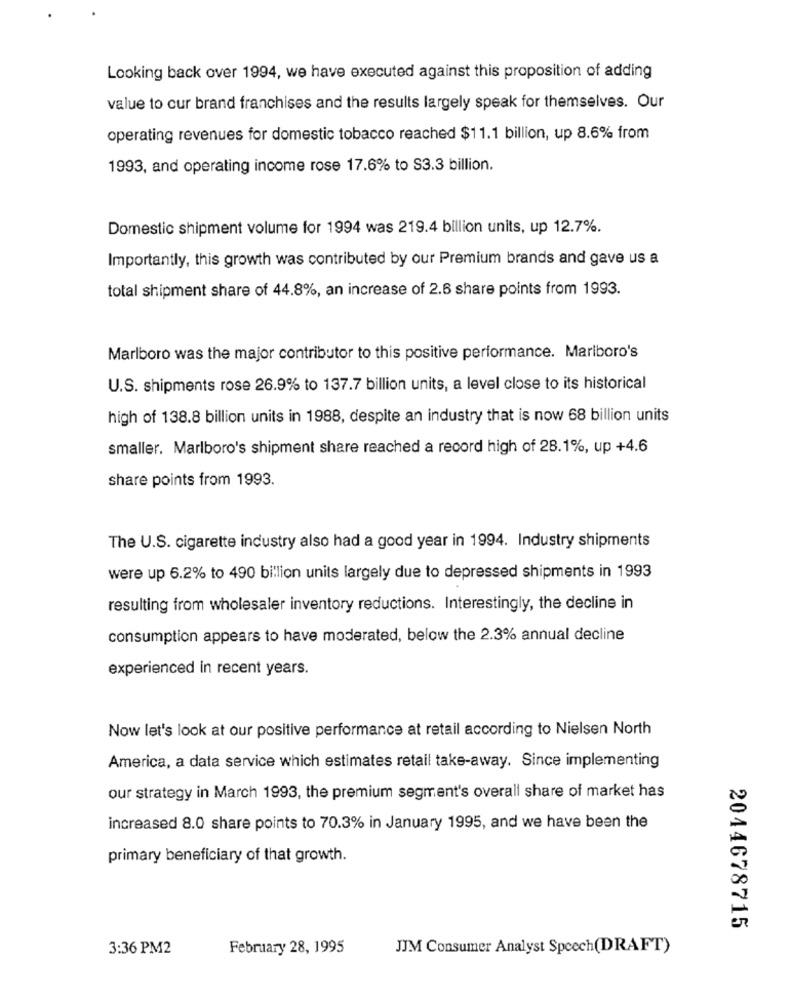
Looking back over 1994, we have executed against this proposition of adding
value to cur brand franchises and the results largely speak for themselves. Our
operating revenues for domestic tobacco reached $11.1 billion, up 8.6% from
1993, and operating income rose 17.6% to S3.3 billion.
Domestic shipment volume for 1994 was 219.4 billion units, up 12.7%.
Importantly, this growth was contributed by our Premium brands and gave us a
total shipment share of 44.8%, an increase of 2.6 share points from 1993.
Marlboro was the major contributor to this positive performance. Marlboro's
U.S. shipments rose 26.9% to 137.7 billion units, a level close to its historical
high of 138.8 billion units in 1988, despite an industry that is now 68 billion units
smaller. Marlboro's shipment share reached a record high of 28.1%, up +4.6
share points from 1993.
The U.S. cigarette industry also had a good year in 1994. Industry shipments
were up 6.2% to 490 billion units largely due to depressed shipments in 1993
resulting from wholesaler inventory reductions. Interestingly, the decline in
consumption appears to have moderated, below the 2.3% annual decline
experienced in recent years.
Now let's look at our positive performance at retail according to Nielsen North
America, a data service which estimates retail take-away. Since implementing
our strategy in March 1993, the premium segment's overall share of market has
increased 8.0 share points to 70.3% in January 1995, and we have been the
primary beneficiary of that growth.
00
ER
2044678715
3:36 PM2
February 28, 1995
JJM Consumer Analyst Speech(DRAFT)